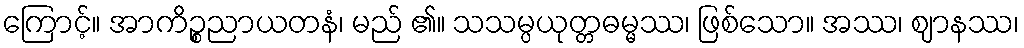
ကြောင့်။ အာကိဉ္စညာယတနံ၊ မည် ၏။ သသမ္ပယုတ္တဓမ္မဿ၊ ဖြစ်သော။ အဿ၊ ဈာနဿ၊